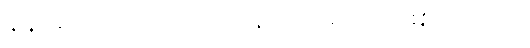
နန်းခင်က လှည်းကို ပြန်လှည့်ရန် ကြိုးစားသည်။